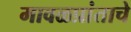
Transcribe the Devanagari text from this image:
मावळप्रांताचे